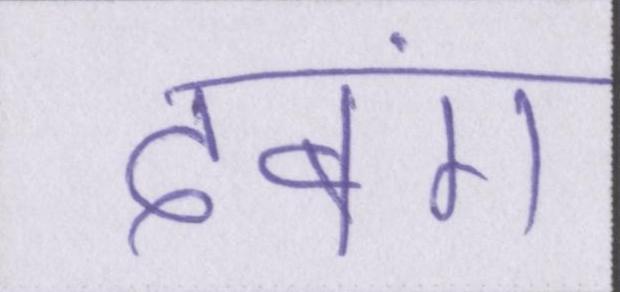
दबंग